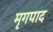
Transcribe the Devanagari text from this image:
मृगपाद